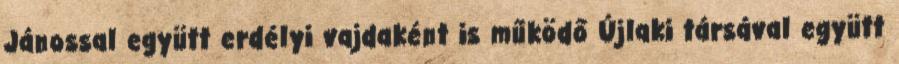
Jánossal együtt erdélyi vajdaként is működő Újlaki társával együtt